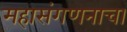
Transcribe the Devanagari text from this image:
महासंगणनाचा